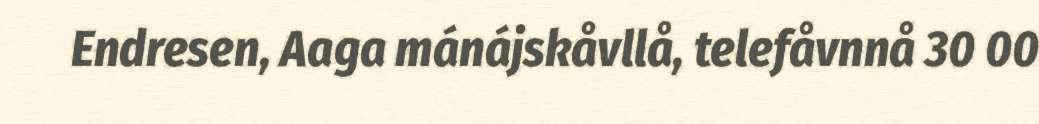
Endresen, Aaga mánájskåvllå, telefåvnnå 30 00